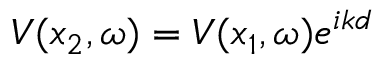
V ( x _ { 2 } , \omega ) = V ( x _ { 1 } , \omega ) e ^ { i k d }